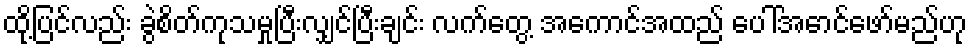
ထို့ပြင်လည်း ခွဲစိတ်ကုသမှုပြီးလျှင်ပြီးချင်း လက်တွေ့ အကောင်အထည် ပေါ်အောင်ဖော်မည်ဟု